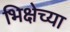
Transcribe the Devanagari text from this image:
भिक्षेच्या